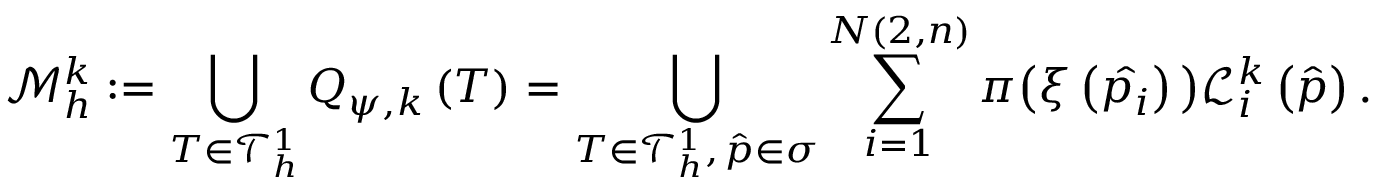
\mathcal { M } _ { h } ^ { k } : = \bigcup _ { T \in \mathcal { T } _ { h } ^ { 1 } } Q _ { \psi , k } \left( T \right) = \bigcup _ { T \in \mathcal { T } _ { h } ^ { 1 } , \, \hat { p } \in \sigma } \sum _ { i = 1 } ^ { N \left( 2 , n \right) } \pi \big ( \xi \left( \hat { p _ { i } } \right) \big ) \mathcal { L } _ { i } ^ { k } \left( \hat { p } \right) .